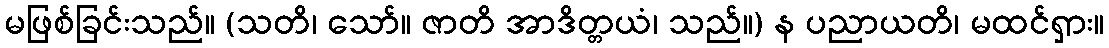
မဖြစ်ခြင်းသည်။ (သတိ၊ သော်။ ဇာတိ အာဒိတ္တယံ၊ သည်။) န ပညာယတိ၊ မထင်ရှား။